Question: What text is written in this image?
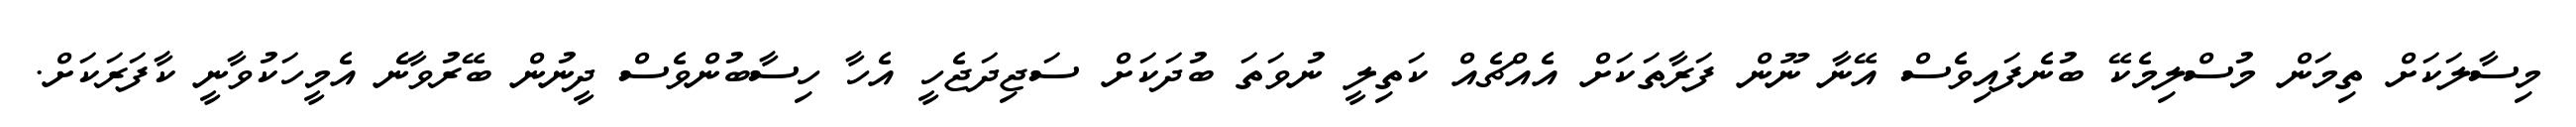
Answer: މިސާލަކަށް ތިމަން މުސްލިމެކޭ ބުނެފައިވެސް އޭނާ ނޫން ފަރާތަކަށް އެއްޗެއް ކަތިލީ ނުވަތަ ބުދަކަށް ސަޖިދަޖެހީ އެހާ ހިސާބުންވެސް ދީނުން ބޭރުވާނެ އެމީހަކުވާނީ ކާފަރަކަށް.